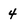
Character: 4